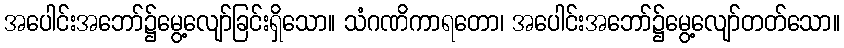
အပေါင်းအဘော်၌မွေ့လျော်ခြင်းရှိသော။ သံဂဏိကာရတော၊ အပေါင်းအဘော်၌မွေ့လျော်တတ်သော။